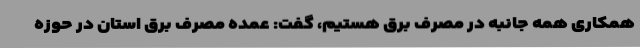
همکاری همه جانبه در مصرف برق هستیم، گفت: عمده مصرف برق استان در حوزه